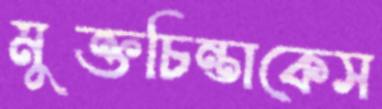
মুক্তচিন্তাকেস